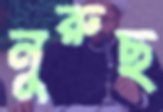
নুরুছ